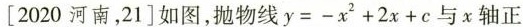
[2020河南，21]如图，抛物线$$y = - x ^ { 2 } + 2 x + c$$与x轴正